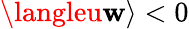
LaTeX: \langleu\mathbf{w}\rangle<0